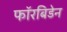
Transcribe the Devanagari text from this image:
फॉरबिडेन